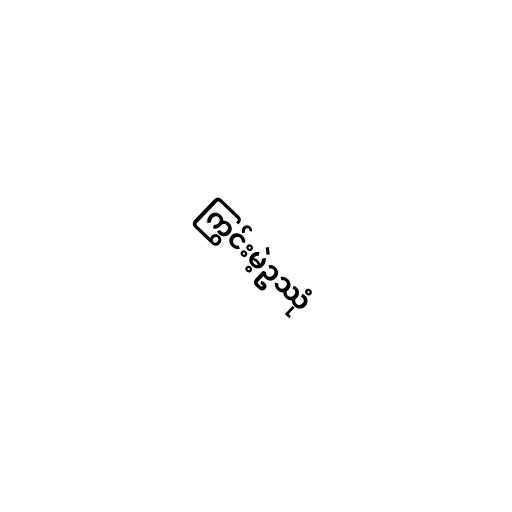
ကြွင်းမဲ့ဥဿုံ